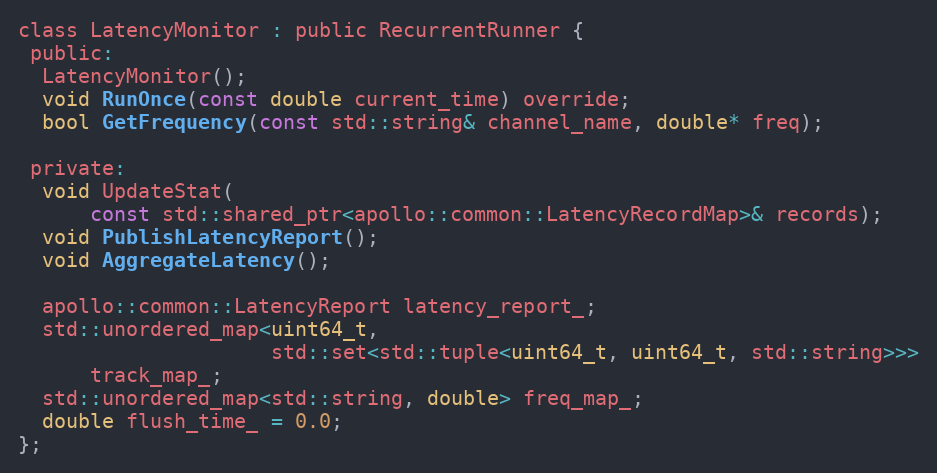
Language: C
class LatencyMonitor : public RecurrentRunner {
 public:
  LatencyMonitor();
  void RunOnce(const double current_time) override;
  bool GetFrequency(const std::string& channel_name, double* freq);

 private:
  void UpdateStat(
      const std::shared_ptr<apollo::common::LatencyRecordMap>& records);
  void PublishLatencyReport();
  void AggregateLatency();

  apollo::common::LatencyReport latency_report_;
  std::unordered_map<uint64_t,
                     std::set<std::tuple<uint64_t, uint64_t, std::string>>>
      track_map_;
  std::unordered_map<std::string, double> freq_map_;
  double flush_time_ = 0.0;
};